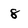
Character: 8